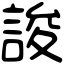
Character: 誜